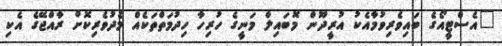
"އެސްޓީއޯގެ ބައިވެރިވުމާއެކު އުރީދޫން މޮބައިލް މަނީގެ ހުރިހާ ހިދުމަތްތަކެއް މެދުވެރިކޮށް ރާއްޖޭގެ އެކި